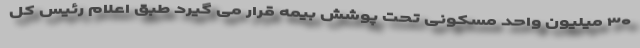
۳۰ میلیون واحد مسکونی تحت پوشش بیمه قرار می گیرد طبق اعلام رئیس کل